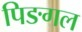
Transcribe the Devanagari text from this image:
पिङगल